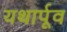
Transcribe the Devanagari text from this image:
यथार्पूव